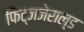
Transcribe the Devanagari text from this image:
फिट्जजेराल्ड